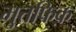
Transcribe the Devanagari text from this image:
मुत्तफिक़